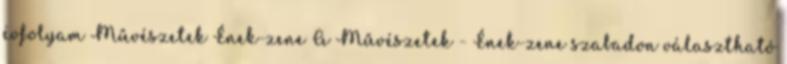
évfolyam Művészetek Ének-zene A Művészetek - Ének-zene szabadon választható